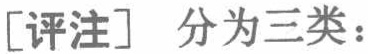
[评注] 分为三类：